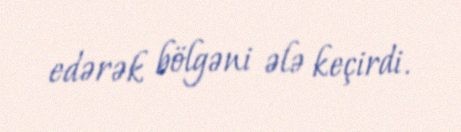
edərək bölgəni ələ keçirdi.